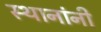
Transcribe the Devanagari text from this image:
स्थानांनी